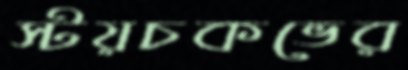
স্টয়চকভের